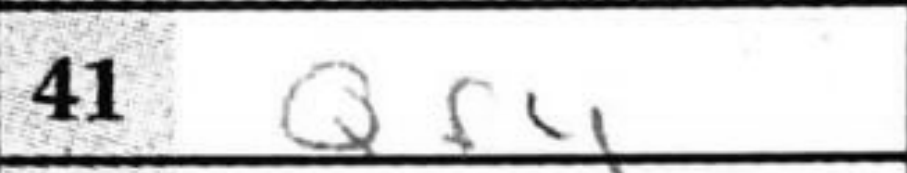
Transcription: Qf4